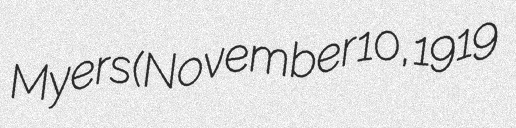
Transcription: Myers (November 10, 1919